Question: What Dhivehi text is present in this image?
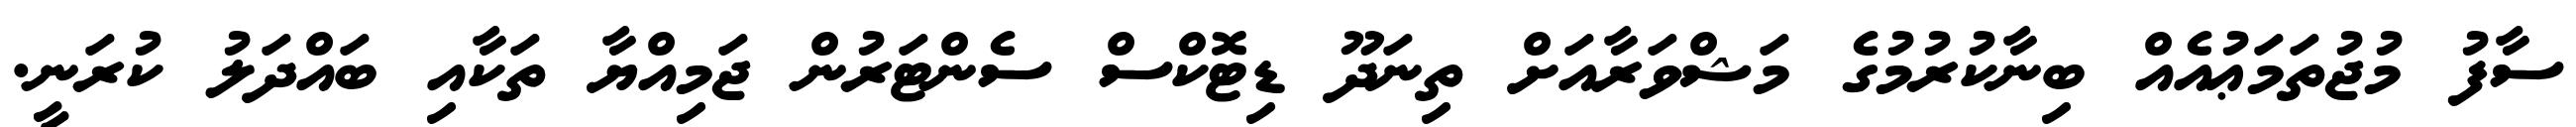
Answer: ސާފު މުޖުތަމަޢުއެއް ބިނާކުރުމުގެ މަޝްވަރާއަށް ތިނަދޫ ޑިޓޮކްސް ސެންޓަރުން ޖަމިއްޔާ ތަކާއި ބައްދަލު ކުރަނީ.